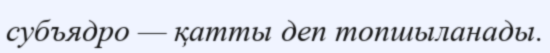
субъядро — қатты деп топшыланады.